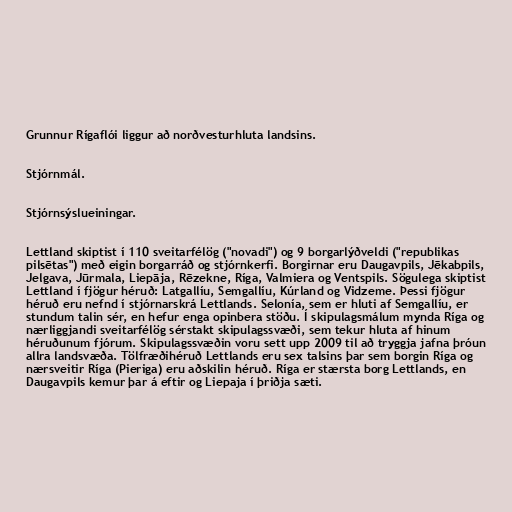
Grunnur Rígaflói liggur að norðvesturhluta landsins.

Stjórnmál.

Stjórnsýslueiningar.

Lettland skiptist í 110 sveitarfélög ("novadi") og 9 borgarlýðveldi ("republikas
pilsētas") með eigin borgarráð og stjórnkerfi. Borgirnar eru Daugavpils, Jēkabpils,
Jelgava, Jūrmala, Liepāja, Rēzekne, Ríga, Valmiera og Ventspils. Sögulega skiptist
Lettland í fjögur héruð: Latgallíu, Semgallíu, Kúrland og Vidzeme. Þessi fjögur
héruð eru nefnd í stjórnarskrá Lettlands. Selonía, sem er hluti af Semgallíu, er
stundum talin sér, en hefur enga opinbera stöðu. Í skipulagsmálum mynda Ríga og
nærliggjandi sveitarfélög sérstakt skipulagssvæði, sem tekur hluta af hinum
héruðunum fjórum. Skipulagssvæðin voru sett upp 2009 til að tryggja jafna þróun
allra landsvæða. Tölfræðihéruð Lettlands eru sex talsins þar sem borgin Ríga og
nærsveitir Ríga (Pieriga) eru aðskilin héruð. Ríga er stærsta borg Lettlands, en
Daugavpils kemur þar á eftir og Liepaja í þriðja sæti.